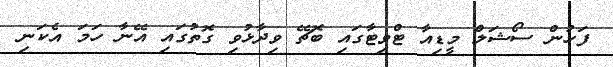
ފަހުން ސޯޝަލް މީޑިއާ ޓްވިޓާގައި ބޮޗޭ ވިދާޅުވި ގޮތުގައި އޭނާ ހަމަ އެކަނި